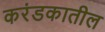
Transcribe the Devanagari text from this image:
करंडकातील